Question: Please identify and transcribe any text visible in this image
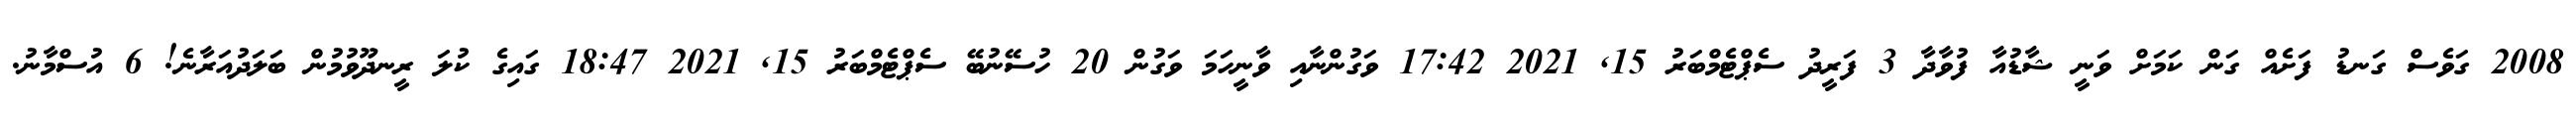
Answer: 2008 ގަވެސް ގަނޑު ފަށެއް ގަން ކަމަށް ވަނީ ޝާޑުއާ ފުވާދާ 3 ފަރީދު ސެޕްޓެމްބަރު 15, 2021 17:42 ވަގުންނާއި ވާނީހަމަ ވަގުން 20 ހުސޭނުބޭ ސެޕްޓެމްބަރު 15, 2021 18:47 ގައިގެ ކުލަ ރީނދޫވުމުން ބަލަދުއަރާނެ! 6 އުސްމާނު.